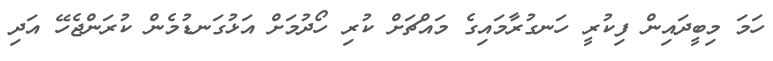
ހަމަ މިބީދައިން ފިކުރީ ހަނގުރާމައިގެ މައްޗަށް ކުރި ހޯދުމަށް އަޅުގަނޑުމެން ކުރަންޖެހޭ އަދި